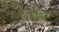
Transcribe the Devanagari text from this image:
शुल्कको